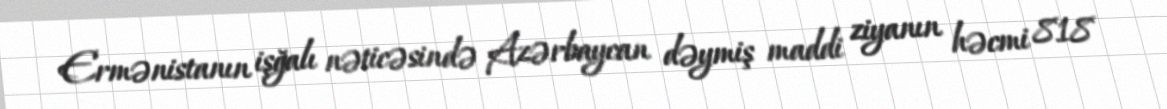
Ermənistanın işğalı nəticəsində Azərbaycan dəymiş maddi ziyanın həcmi 818